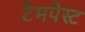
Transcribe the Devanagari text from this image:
टेमपेस्ट